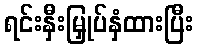
ရင်းနှီးမြှုပ်နှံထားပြီး